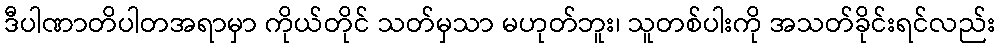
ဒီပါဏာတိပါတအရာမှာ ကိုယ်တိုင် သတ်မှသာ မဟုတ်ဘူး၊ သူတစ်ပါးကို အသတ်ခိုင်းရင်လည်း